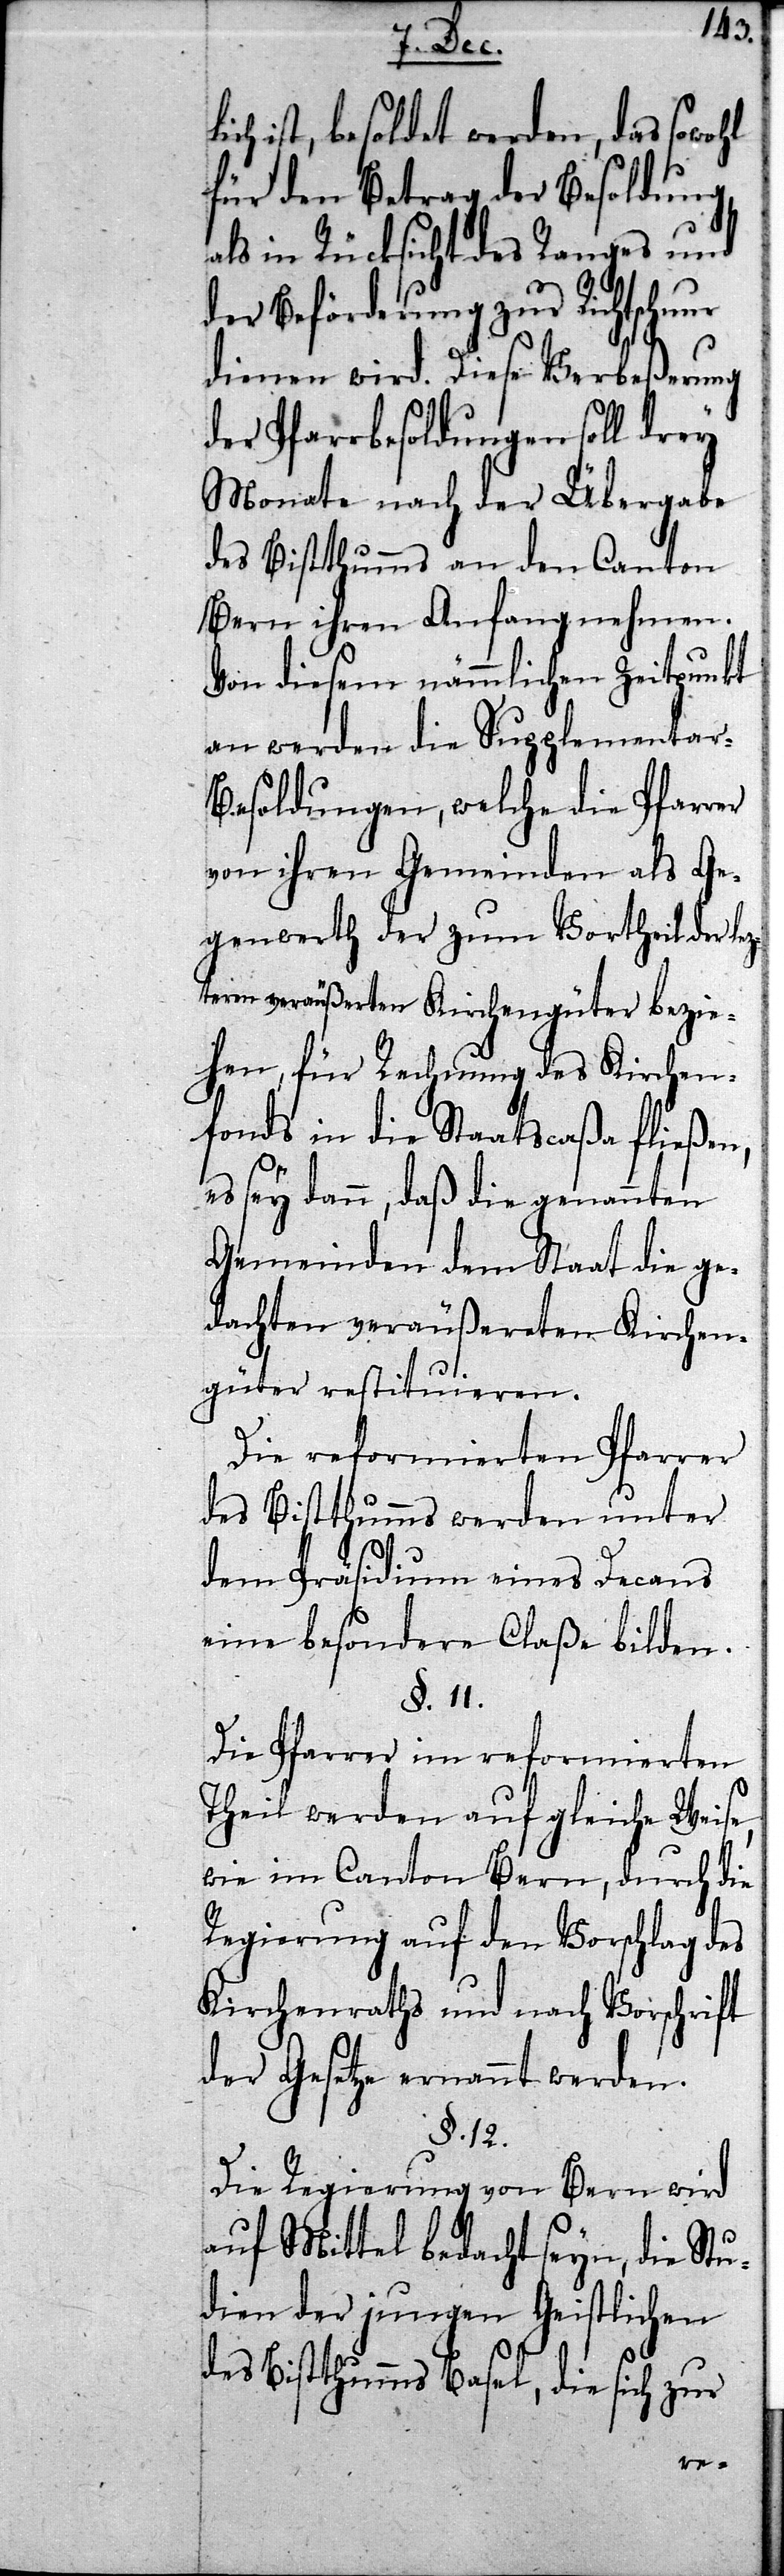
ohl
ch ist, besoldet werden, das sow¬
für den Betrag der Besoldung,
als in Rücksicht des Ranges und
der Beförderung zur Richtschnur
dienen wird. Diese Verbeßerung
der Pfarrbesoldungen soll drey
Monate nach der Übergabe
des Bistthumms an den Canton
Bern ihren Anfang nehmen.
Von diesem nämmlichen Zeitpunkt
an werden die Supplementar-B¬
esoldungen, welche die Pfarrer
von ihren Gemeinden als Ge¬
genwerth der zum Vortheil der le¬
zteren veräußerten Kirchengüter bezie¬
hen, für Rechnung des Kirchen¬
fonds in die Staatscaßa fließen,
es sey dann, daß die genannten
Gemeinden dem Staat die ge¬
dachten veräußereten Kirchen¬
güter restituieren.
Die reformierten Pfarrer
des Bisttumms werden unter
dem Präsidium eines Decans
eine besondere Claße bilden.
§. 11.
Die Pfarrer im reformierten
Theil werden auf gleiche Weise,
wie im Canton Bern, durch die
Regierung auf den Vorschlag d¬
Kirchenraths und nach Vorschrift
der Gesetze ernannt werden.
§. 12.
Die Regierung von Bern wird
auf Mittel bedacht seyn, die Stu¬
dien der jungen Geistlichen
des Bistthumms Basel, die sich zur
es